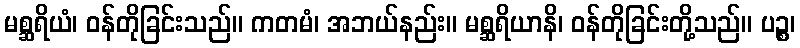
မစ္ဆရိယံ၊ ဝန်တိုခြင်းသည်။ ကတမံ၊ အဘယ်နည်း။ မစ္ဆရိယာနိ၊ ဝန်တိုခြင်းတို့သည်။ ပဉ္စ၊